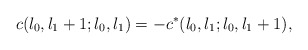
\begin{align*}c(l_{0},l_{1}+1;l_{0},l_{1})=-c^{*}(l_{0},l_{1};l_{0},l_{1}+1),\end{align*}